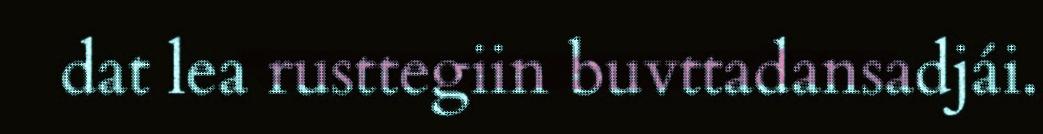
dat lea rusttegiin buvttadansadjái.